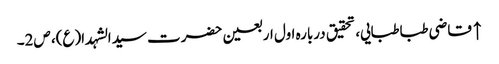
↑ قاضی طباطبایی، تحقیق دربارہ اول اربعین حضرت سیدالشہدا(ع)، ص2۔